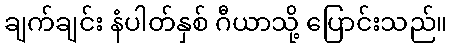
ချက်ချင်း နံပါတ်နှစ် ဂီယာသို့ ပြောင်းသည်။